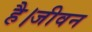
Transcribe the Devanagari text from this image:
है।जीवन